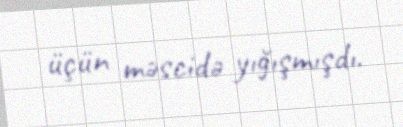
üçün məscidə yığışmışdı.